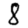
Digit: 8